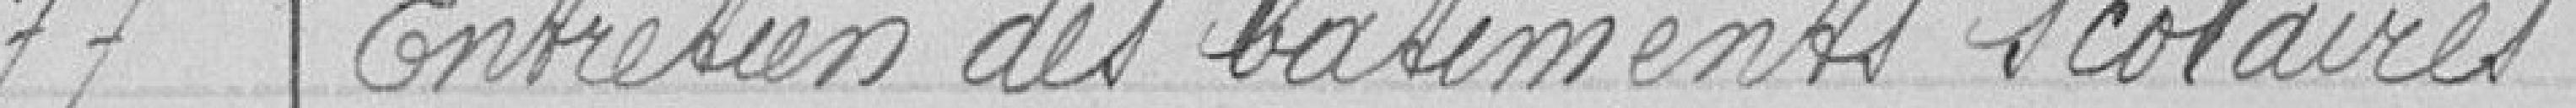
77 Entretien des bâtiments scolaires